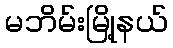
မဘိမ်းမြို့နယ်